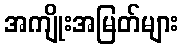
အကျိုးအမြတ်များ